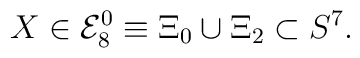
X \in {\cal E}_{8}^{0} \equiv \Xi_{0} \cup \Xi_{2} \subset S^{7}.